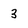
Character: 3